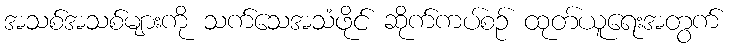
အသစ်အသစ်များကို သက်သေအသံဖိုင် ဆိုက်ကပ်စဉ် ထုတ်ယူရေးအတွက်